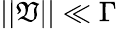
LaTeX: ||\mathfrak{V}||\ll\Gamma